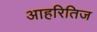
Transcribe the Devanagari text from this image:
आहरितिज